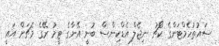
ސައުތުހެމްޓަންގެ ކޯޗު ނިޖެލް އެޑްކިންސް ބުނީ އޭނާގެ ޓީމު ރޭގެ މެޗަށް އައީ